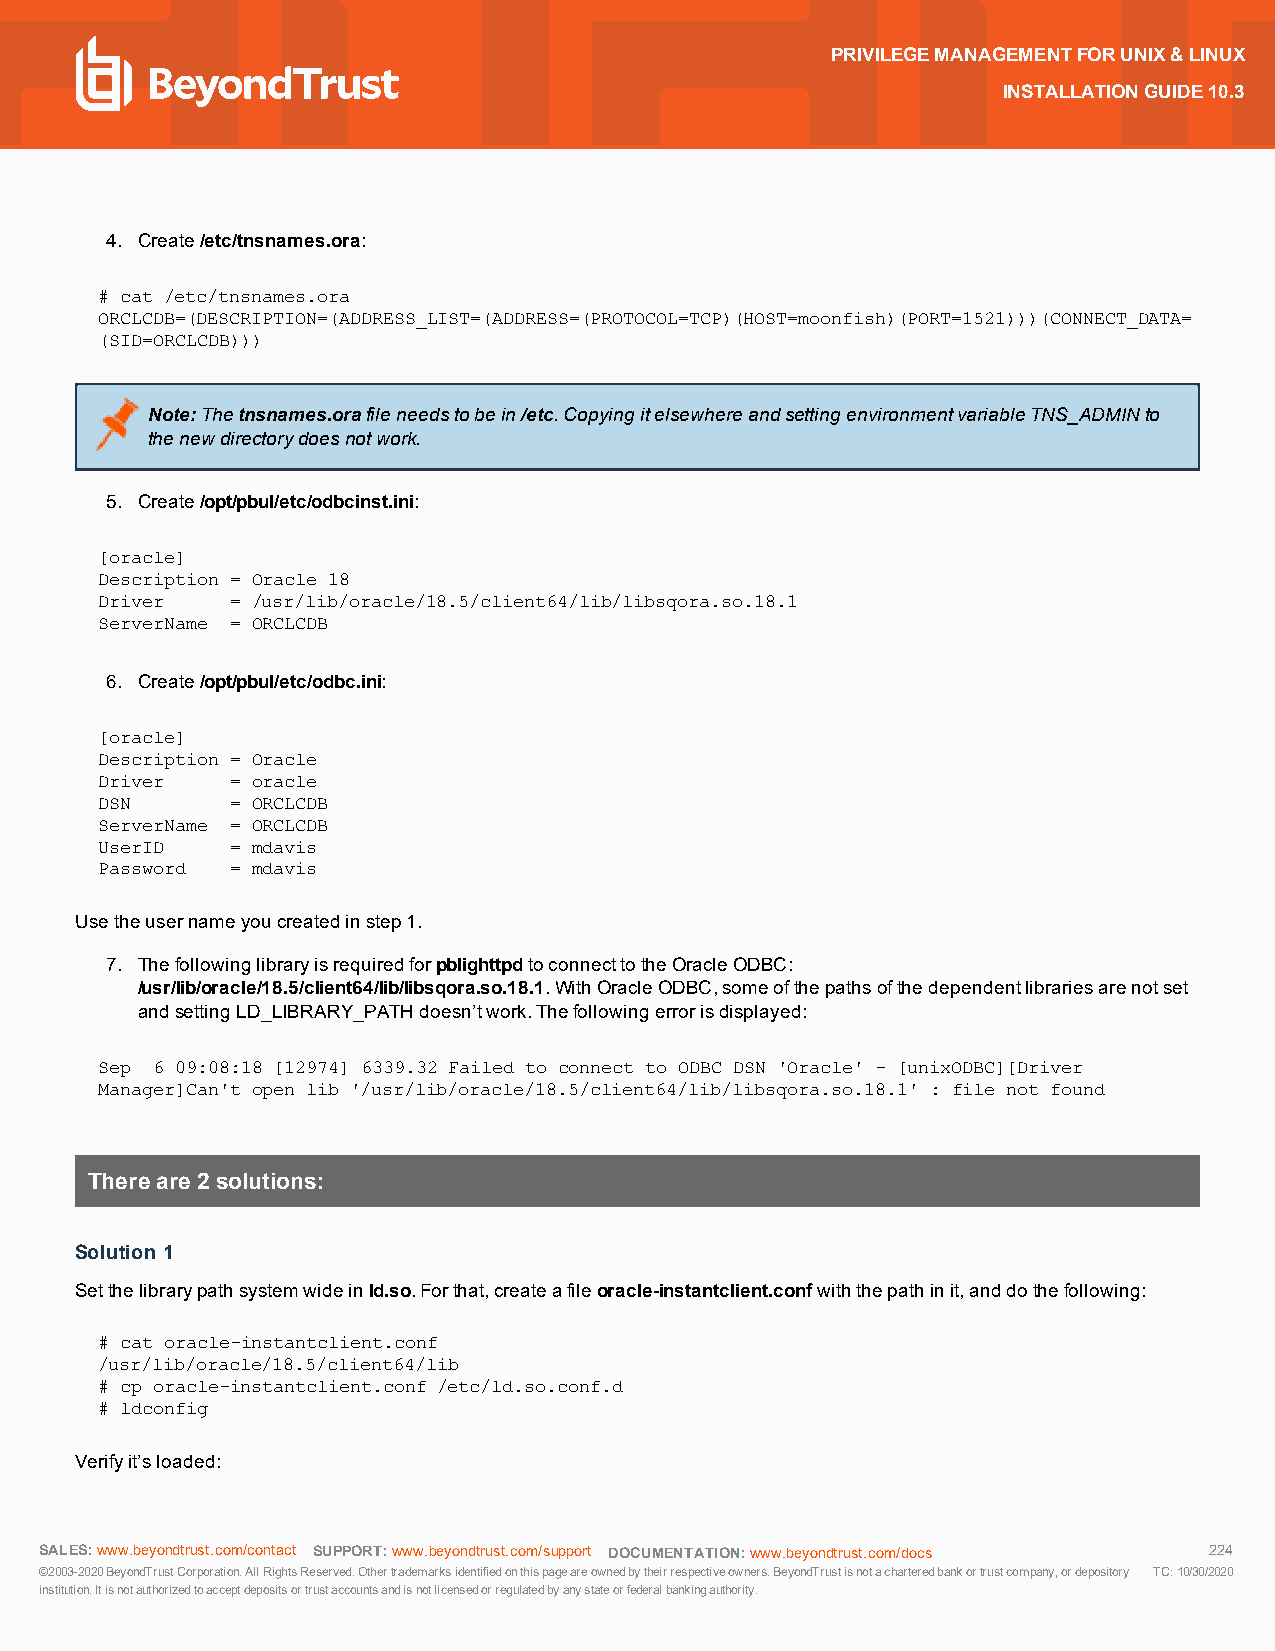
PRIVILEGEMANAGEMENTFORUNIX&LINUX
 INSTALLATIONGUIDE10.3
 4. Create/etc/tnsnames.ora:
 # cat /etc/tnsnames.ora
 ORCLCDB=(DESCRIPTION=(ADDRESS_LIST=(ADDRESS=(PROTOCOL=TCP)(HOST=moonfish)(PORT=1521)))(CONNECT_DATA=
 (SID=ORCLCDB)))
 Note:Thetnsnames.orafileneedstobein/etc.CopyingitelsewhereandsettingenvironmentvariableTNS_ADMINto
 thenewdirectorydoesnotwork.
 5. Create/opt/pbul/etc/odbcinst.ini:
 [oracle]
 Description = Oracle 18
 Driver  = /usr/lib/oracle/18.5/client64/lib/libsqora.so.18.1
 ServerName = ORCLCDB
 6. Create/opt/pbul/etc/odbc.ini:
 [oracle]
 Description = Oracle
 Driver  = oracle
 DSN     = ORCLCDB
 ServerName = ORCLCDB
 UserID  = mdavis
 Password = mdavis
 Usetheusernameyoucreatedinstep1.
 7. ThefollowinglibraryisrequiredforpblighttpdtoconnecttotheOracleODBC:
 /usr/lib/oracle/18.5/client64/lib/libsqora.so.18.1.WithOracleODBC,someofthepathsofthedependentlibrariesarenotset
 andsettingLD_LIBRARY_PATHdoesn’twork.Thefollowingerrorisdisplayed:
 Sep 6 09:08:18 [12974] 6339.32 Failed to connect to ODBC DSN 'Oracle' - [unixODBC][Driver
 Manager]Can't open lib '/usr/lib/oracle/18.5/client64/lib/libsqora.so.18.1' : file not found
 Thereare2solutions:
 Solution 1
 Setthelibrarypathsystemwideinld.so.Forthat,createafileoracle-instantclient.confwiththepathinit,anddothefollowing:
 # cat oracle-instantclient.conf
 /usr/lib/oracle/18.5/client64/lib
 # cp oracle-instantclient.conf /etc/ld.so.conf.d
 # ldconfig
 Verifyit’sloaded:
 SALES:www.beyondtrust.com/contact SUPPORT:www.beyondtrust.com/support DOCUMENTATION:www.beyondtrust.com/docs 224
 ©2003-2020BeyondTrustCorporation.AllRightsReserved.Othertrademarksidentifiedonthispageareownedbytheirrespectiveowners.BeyondTrustisnotacharteredbankortrustcompany,ordepository TC:10/30/2020
 institution.Itisnotauthorizedtoacceptdepositsortrustaccountsandisnotlicensedorregulatedbyanystateorfederalbankingauthority.